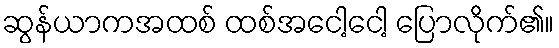
ဆွန်ယာကအထစ် ထစ်အငေါ့ငေါ့ ပြောလိုက်၏။